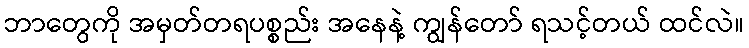
ဘာတွေကို အမှတ်တရပစ္စည်း အနေနဲ့ ကျွန်တော် ရသင့်တယ် ထင်လဲ။